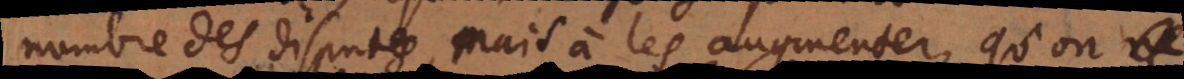
nombre des disputes, mais à les augmenter, qu’on